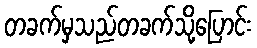
တခက်မှသည်တခက်သို့ပြောင်း